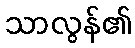
သာလွန်၏